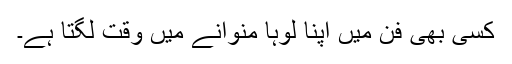
کسی بھی فن میں اپنا لوہا منوانے میں وقت لگتا ہے۔